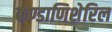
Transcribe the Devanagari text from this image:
कण्डाणिशेरिल